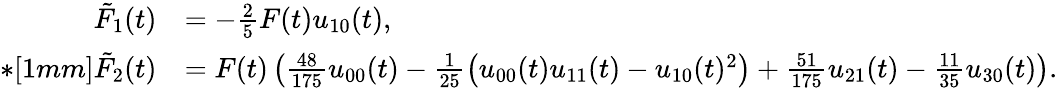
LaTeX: \begin{array}{rl}{\tilde{F}_{1}(t)}&{=-\frac{2}{5}F(t)u_{10}(t),}\\ {*[1mm]\tilde{F}_{2}(t)}&{=F(t)\left(\frac{48}{175}u_{00}(t)-\frac{1}{25}\big(u_{00}(t)u_{11}(t)-u_{10}(t)^{2}\big)+\frac{51}{175}u_{21}(t)-\frac{11}{35}u_{30}(t)\right).}\end{array}